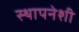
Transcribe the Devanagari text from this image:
स्थापनेशी